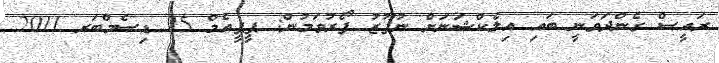
ރައީސް ގެންދަވަނީ ބައި އިލެކްޝަނަށް ނުފޫޒު ފޯރުވަމުން: ޕީޕީއެމް 25 ޑިސެމްބަރ 2011